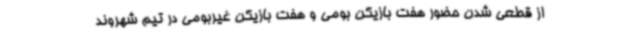
از قطعی شدن حضور هفت بازیکن بومی و هفت بازیکن غیربومی در تیم شهروند